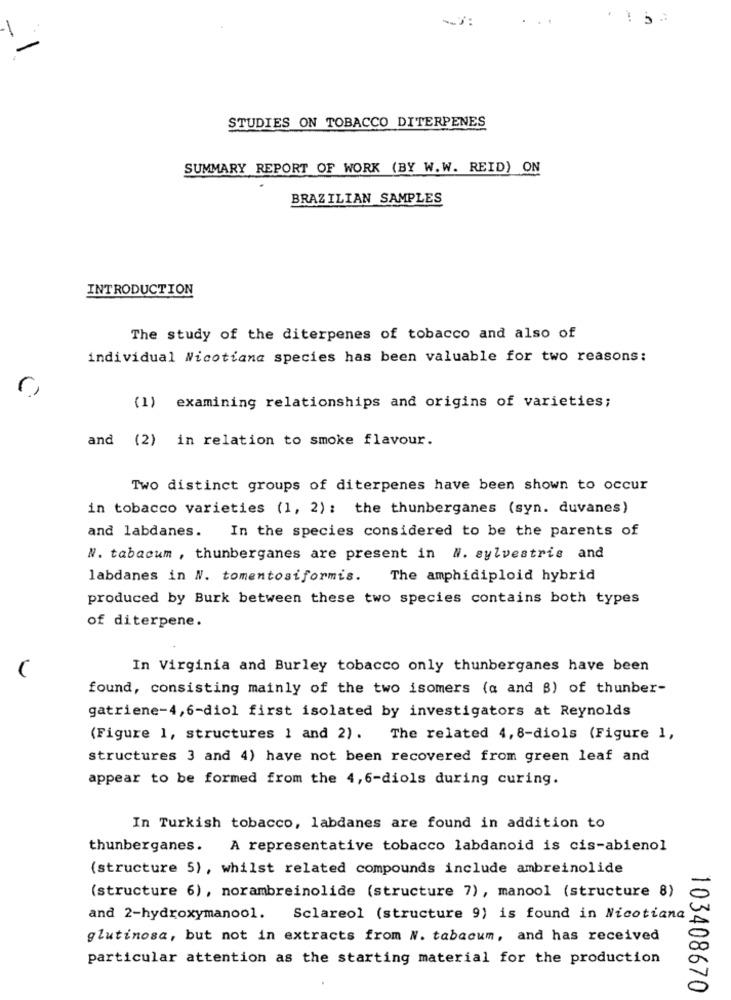
STUDIES ON TOBACCO DITERPENES
SUMMARY REPORT OF WORK (BY W.W. REID) ON
BRAZILIAN SAMPLES
INTRODUCTION
The study of the diterpenes of tobacco and also of
individual Nicotiana species has been valuable for two reasons:
r,
(1) examining relationships and origins of varieties;
and (2) in relation to smoke flavour.
Two distinct groups of diterpenes have been shown to occur
in tobacco varieties (1, 2): the thunberganes (syn. duvanes)
In the species considered to be the parents of
and labdanes.
W. tabacum , thunberganes are present in #. sylvestris and
labdanes in N. tomentosiformis. The amphidiploid hybrid
produced by Burk between these two species contains both types
of diterpene.
In Virginia and Burley tobacco only thunberganes have been
found, consisting mainly of the two isomers (a and B) of thunber-
gatriene-4,6-diol first isolated by investigators at Reynolds
(Figure 1, structures 1 and 2). The related 4, 8-diols (Figure 1,
structures 3 and 4) have not been recovered from green leaf and
appear to be formed from the 4,6-diols during curing.
In Turkish tobacco, labdanes are found in addition to
thunberganes.
A representative tobacco labdanoid is cis-abienol
(structure 5), whilst related compounds include ambreinolide
(structure 6), norambreinolide (structure 7), manool (structure 8)
and 2-hydroxymanool.
Sclareol (structure 9) is found in Nicotiana
glutinosa, but not in extracts from W. tabacum, and has received
particular attention as the starting material for the production
103408670